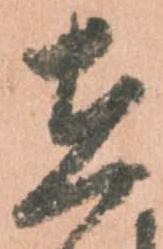
在